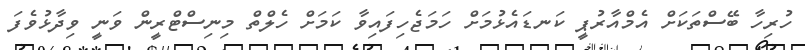
ހުރިހާ ބޭސްތަކަށް އެމްއާރުޕީ ކަނޑައެޅުމަށް ހަމަޖެހިފައިވާ ކަމަށް ހެލްތް މިނިސްޓްރީން ވަނީ ވިދާޅުވެފަ